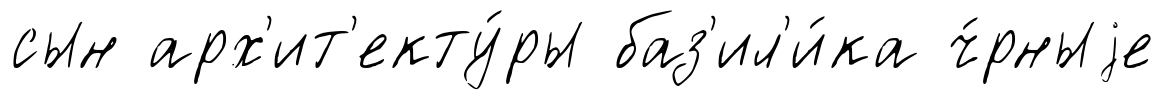
сын арх'ит'екту́ры баз'ил'и́ка ч́рныjе